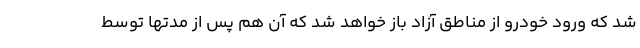
شد که ورود خودرو از مناطق آزاد باز خواهد شد که آن هم پس از مدتها توسط